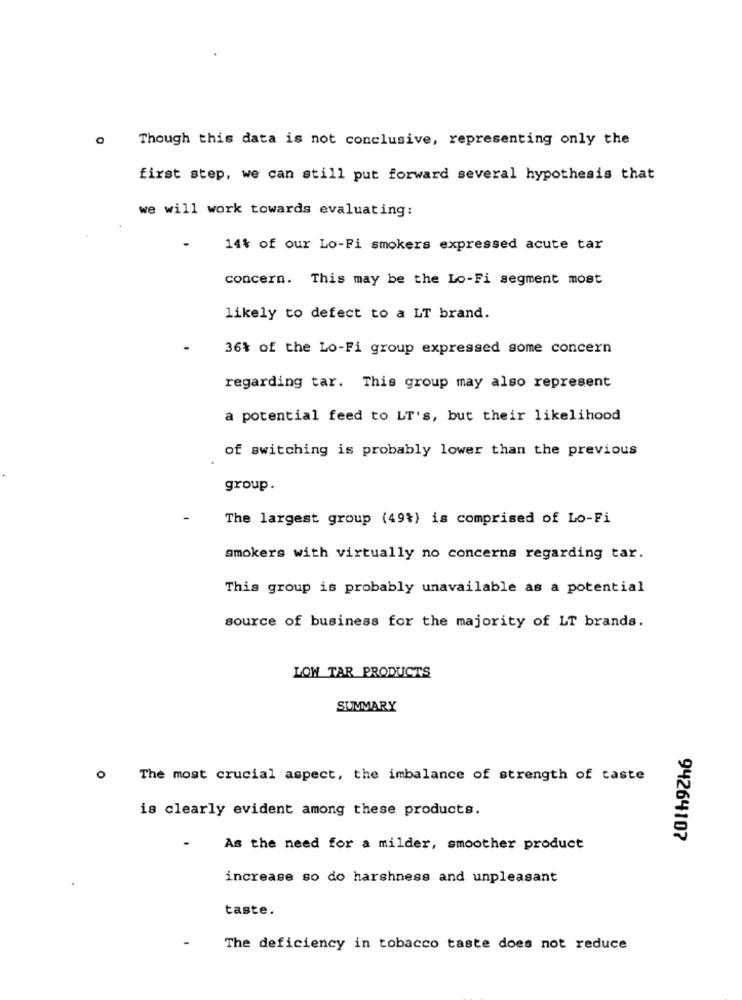
Though this data is not conclusive, representing only the
first step, we can still put forward several hypothesis that
we will work towards evaluating:
14% of our Lo-Fi smokers expressed acute tar
concern. This may be the Lo-Fi segment most
likely to defect to a LT brand.
36% of the Lo-Fi group expressed some concern
regarding tar. This group may also represent
a potential feed to LT's, but their likelihood
of switching is probably lower than the previous
group.
The largest group (49%) is comprised of Lo-Fi
smokers with virtually no concerns regarding tar.
This group is probably unavailable as a potential
source of business for the majority of LT brands.
LOW TAR PRODUCTS
SUMMARY
0
The most crucial aspect, the imbalance of strength of taste
is clearly evident among these products.
94264107
As the need for a milder, smoother product
increase so do harshness and unpleasant
taste.
The deficiency in tobacco taste does not reduce